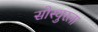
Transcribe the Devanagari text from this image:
सोस्युरला